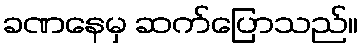
ခဏနေမှ ဆက်ပြောသည်။